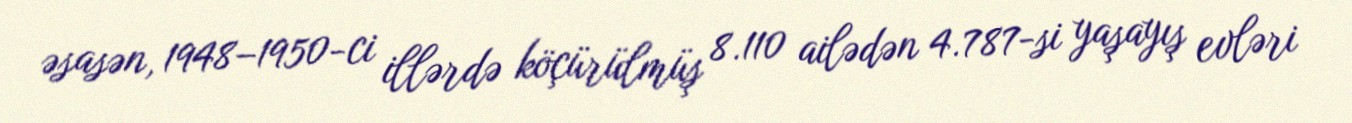
əsasən, 1948–1950-ci illərdə köçürülmüş 8.110 ailədən 4.787-si yaşayış evləri